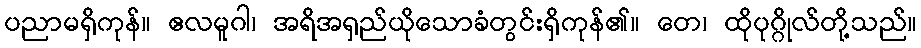
ပညာမရှိကုန်။ ဧလမူဂါ၊ အရိအရှည်ယိုသောခံတွင်းရှိကုန်၏။ တေ၊ ထိုပုဂ္ဂိုလ်တို့သည်။